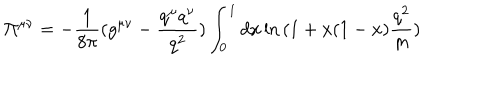
\Pi ^ { \mu \nu } = - \frac { 1 } { 8 \pi } ( g ^ { \mu \nu } - \frac { q ^ { \mu } q ^ { \nu } } { q ^ { 2 } } ) \int _ { 0 } ^ { 1 } d x \ln { ( 1 + x ( 1 - x ) \frac { q ^ { 2 } } { m } ) }